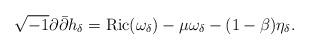
LaTeX: \begin{align*}\sqrt{-1}\partial\bar\partial h_\delta= {\rm Ric}(\omega_\delta)-\mu\omega_\delta- (1-\beta)\eta_\delta.\end{align*}